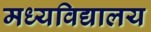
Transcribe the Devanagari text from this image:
मध्यविद्यालय